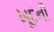
ખૂદની